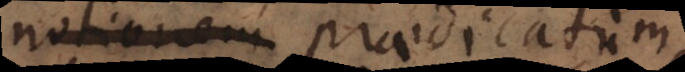
notionem praedicati,